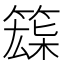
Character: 𥱘